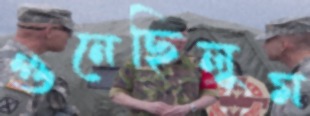
গুনেছিলুম